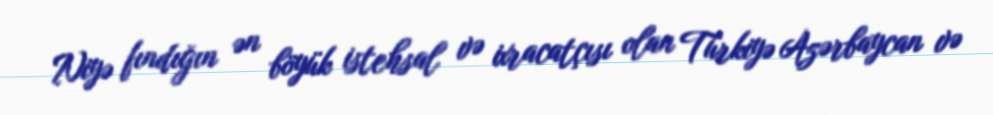
Niyə fındığın ən böyük istehsal və ixracatçısı olan Türkiyə Azərbaycan və